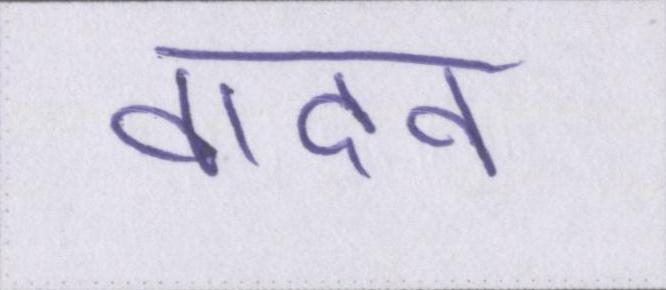
वादन